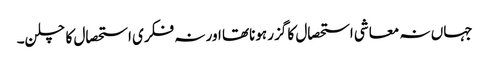
جہاں نہ معاشی استحصال کا گزر ہوناتھا اور نہ فکری استحصال کا چلن۔